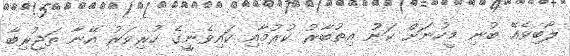
ލޯބިވެއޭ ބުނި މީހުނަށް ކަނު އިތުބާރު ކުރުމާއި ކައިވެނީގެ ހުރިވަރު އޭނާ ތަޖުރިބާ